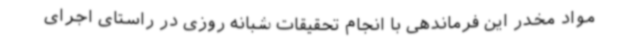
مواد مخدر این فرماندهی با انجام تحقیقات شبانه روزی در راستای اجرای